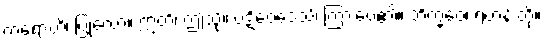
ကရောဟိ၊ ပြုလော။ ဣတိ၊ ဤသို့။ ပဋိဝေဒေသိ၊ ကြားပေ၏။ ဘိက္ခဝေ၊ ရဟန်းတို့။